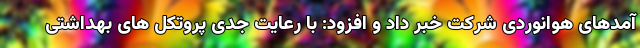
آمدهای هوانوردی شرکت خبر داد و افزود: با رعایت جدی پروتکل های بهداشتی